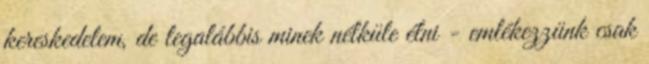
kereskedelem, de legalábbis minek nélküle élni - emlékezzünk csak